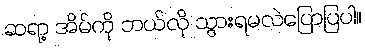
ဆရာ့ အိမ်ကို ဘယ်လို သွားရမလဲပြောပြပါ။